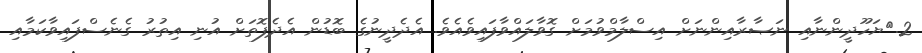
2.	ޔަހޫދީންނާއި ނަޞާރާއިންނަށް އިސްލާމްވުމަށް ގޮވާލައްވާފައިވެއެވެ. އެދެދީނުގެ ބޮޑުން އެދެފޮތަށް އުނި އިތުރު ގެނެސްފައިވާކަމާއި